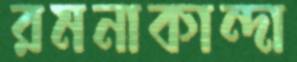
রমনাকান্দা